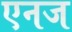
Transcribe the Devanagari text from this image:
एनज